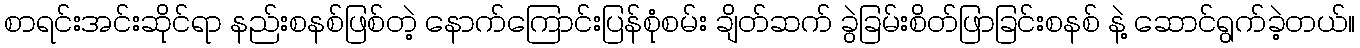
စာရင်းအင်းဆိုင်ရာ နည်းစနစ်ဖြစ်တဲ့ နောက်ကြောင်းပြန်စုံစမ်း ချိတ်ဆက် ခွဲခြမ်းစိတ်ဖြာခြင်းစနစ် နဲ့ ဆောင်ရွက်ခဲ့တယ်။